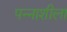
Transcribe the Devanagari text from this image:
पन्नाशीला